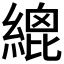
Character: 𦃋